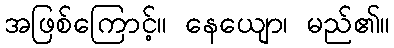
အဖြစ်ကြောင့်။ နေယျော၊ မည်၏။